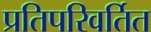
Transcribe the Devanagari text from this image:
प्रतिपरिवर्तित